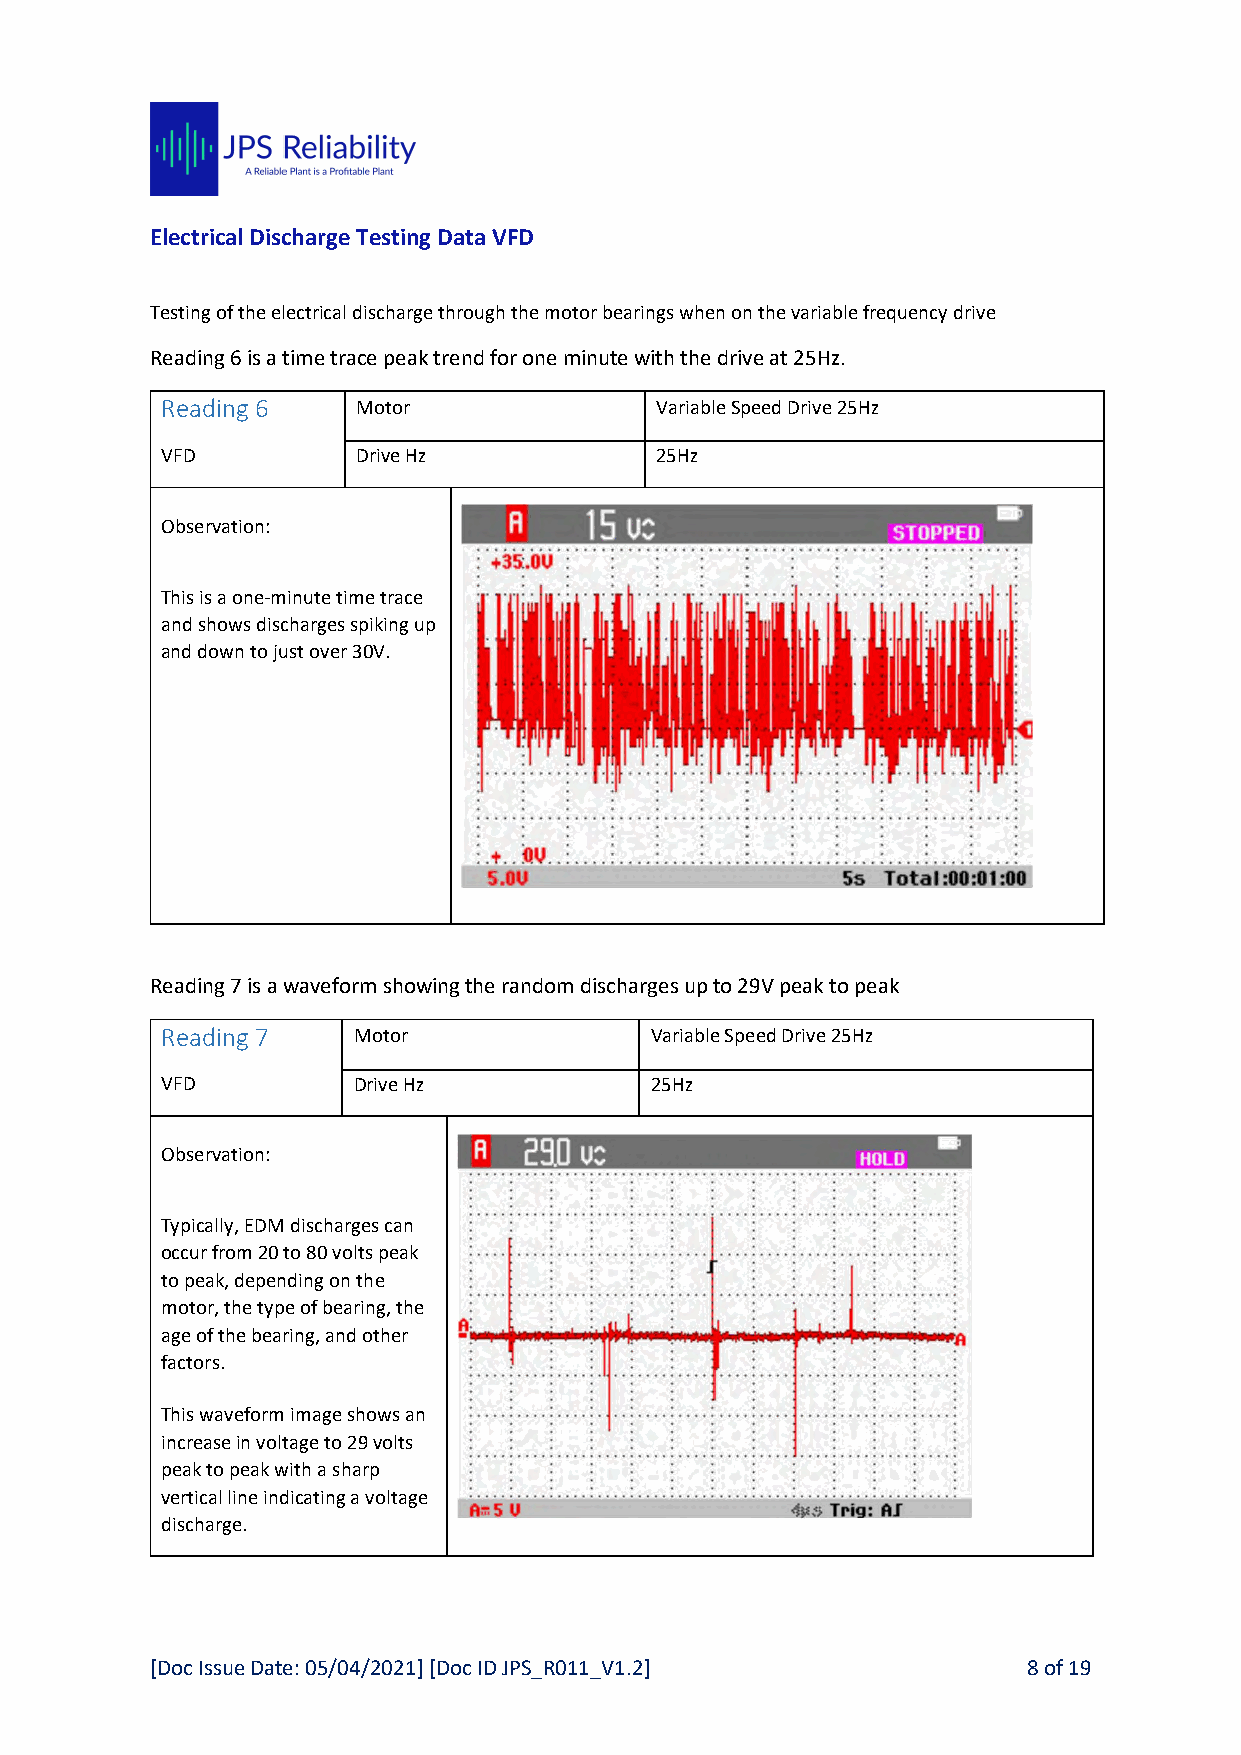
Electrical Discharge Testing Data VFD
 Testing of the electrical discharge through the motor bearings when on the variable frequency drive
 Reading 6 is a time trace peak trend for one minute with the drive at 25Hz.
 Reading 6    Motor              Variable Speed Drive 25Hz
 VFD          Drive Hz           25Hz
 Observation:
 This is a one-minute time trace
 and shows discharges spiking up
 and down to just over 30V.
 Reading 7 is a waveform showing the random discharges up to 29V peak to peak
 Reading 7   Motor               Variable Speed Drive 25Hz
 VFD         Drive Hz            25Hz
 Observation:
 Typically, EDM discharges can
 occur from 20 to 80 volts peak
 to peak, depending on the
 motor, the type of bearing, the
 age of the bearing, and other
 factors.
 This waveform image shows an
 increase in voltage to 29 volts
 peak to peak with a sharp
 vertical line indicating a voltage
 discharge.
 [Doc Issue Date: 05/04/2021] [Doc ID JPS_R011_V1.2]       8 of 19